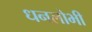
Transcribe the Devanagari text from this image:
धनलोभी